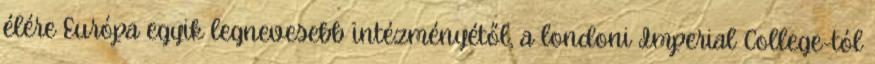
élére Európa egyik legnevesebb intézményétől, a londoni Imperial College-tól